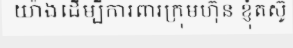
យ៉ាងដើម្បីការពារក្រុមហ៊ុន ខ្ញុំតស៊ូ